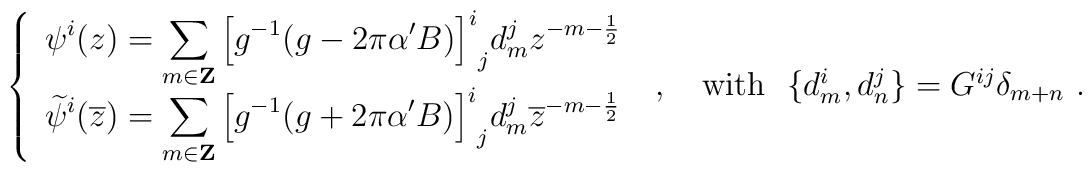
\left\{  \begin{array}{l}  \displaystyle    \psi^{i}(z)=\sum_{m\in {\bf Z}}      {\left[g^{-1}(g-2\pi\alpha^{\prime} B)\right]^{i}}_{j}d^{j}_{m}        z^{-m-\frac{1}{2}}\\  \displaystyle     \widetilde{\psi}^{i}(\overline{z})      =\sum_{m\in{\bf Z}}       {\left[g^{-1}(g+2\pi\alpha^{\prime}B)\right]^{i}}_{j}       d^{j}_{m}\overline{z}^{-m-\frac{1}{2}}\\ \end{array} \right.~,\quad \mbox{with \  $\{d^{i}_{m},d^{j}_{n}\}=G^{ij}\delta_{m+n}$}~.